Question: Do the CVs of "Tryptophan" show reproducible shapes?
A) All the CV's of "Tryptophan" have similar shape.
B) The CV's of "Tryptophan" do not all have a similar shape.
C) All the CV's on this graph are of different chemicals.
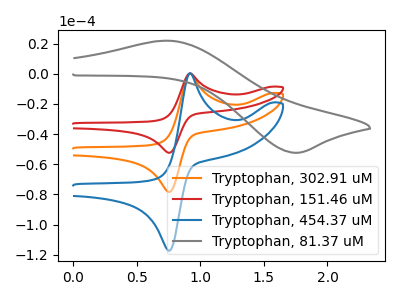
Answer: <think>The orange curve "Tryptophan, 302.91 uM" has an anodic peak at (0.90V, 0.25uA) and a cathodic peak at (0.75V, -78.40uA). The red curve "Tryptophan, 151.46 uM" has an anodic peak at (0.90V, 0.15uA) and a cathodic peak at (0.75V, -52.35uA). The blue curve "Tryptophan, 454.37 uM" has an anodic peak at (0.90V, 0.45uA) and a cathodic peak at (0.75V, -156.75uA). The gray curve "Tryptophan, 81.37 uM" has an anodic peak at (0.75V, 21.95uA) and a cathodic peak at (1.75V, -52.40uA).
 All the peaks in "Tryptophan, 302.91 uM" have a peak in "Tryptophan, 151.46 uM" at the same potential. Every peak in "Tryptophan, 302.91 uM" is higher than every peak in "Tryptophan, 151.46 uM". All the peaks in "Tryptophan, 302.91 uM" have a peak in "Tryptophan, 454.37 uM" at the same potential. Every peak in "Tryptophan, 302.91 uM" is lower than every peak in "Tryptophan, 454.37 uM". "Tryptophan, 302.91 uM" and "Tryptophan, 81.37 uM" have at least one peak that do not match. All the peaks in "Tryptophan, 151.46 uM" have a peak in "Tryptophan, 454.37 uM" at the same potential. Every peak in "Tryptophan, 151.46 uM" is lower than every peak in "Tryptophan, 454.37 uM". "Tryptophan, 151.46 uM" and "Tryptophan, 81.37 uM" have at least one peak that do not match. "Tryptophan, 454.37 uM" and "Tryptophan, 81.37 uM" have at least one peak that do not match.</think>
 <answer>A) All the CV's of "Tryptophan" have similar shape.</answer>
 <eval>A</eval>